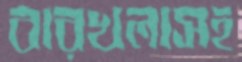
বারখলাসহ